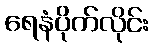
ရေနံပိုက်လိုင်း